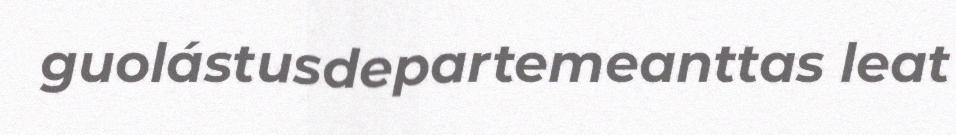
guolástusdepartemeanttas leat